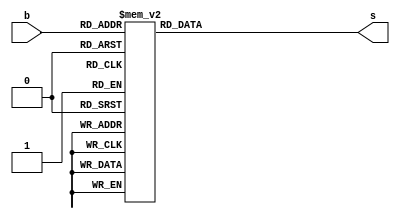
`timescale 1ns / 1ps
//////////////////////////////////////////////////////////////////////////////////
// Company: 
// Engineer: 
// 
// Design Name: 
// Module Name: Bcd_sevensegment
// Project Name: 
// Target Devices: 
// Tool Versions: 
// Description: 
// 
// Dependencies: 
// 
// Revision:
// Revision 0.01 - File Created
// Additional Comments:
// 
//////////////////////////////////////////////////////////////////////////////////


module Bcd_sevensegment(b,s);
input [2:0]b;
output [6:0] s;
reg [6:0] s;
always @(b)
    begin
        case (b) //case statement
            0 : s  = 7'b1000000;
            1 : s = 7'b1111001;
            2 : s = 7'b0100100;
            3 : s = 7'b0110000;
            4 : s = 7'b0011001;
            5 : s = 7'b0010010;
            6 : s = 7'b0000010;
            7 : s = 7'b1111000;
            8 : s = 7'b0000000;
            9 : s = 7'b0010000;
            default : s = 7'b0111111;

            endcase
    end
endmodule